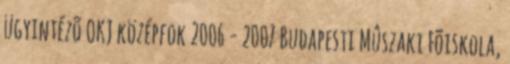
ügyintézõ OKJ középfok 2006 - 2007 Budapesti Mûszaki Fõiskola,